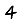
Digit: 4